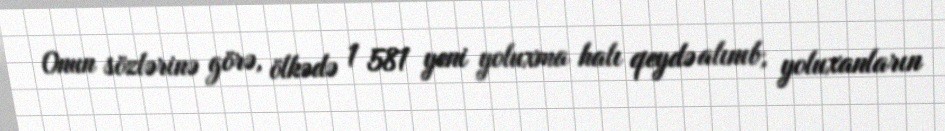
Onun sözlərinə görə, ölkədə 1 581 yeni yoluxma halı qeydə alınıb, yoluxanların